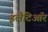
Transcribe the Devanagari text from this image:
इलैटिऑर